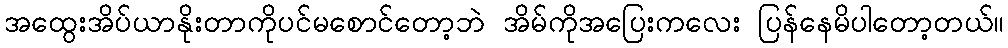
အထွေးအိပ်ယာနိုးတာကိုပင်မစောင်တော့ဘဲ အိမ်ကိုအပြေးကလေး ပြန်နေမိပါတော့တယ်။